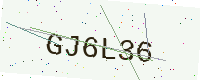
Text: GJ6L36